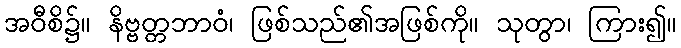
အဝီစိ၌။ နိဗ္ဗတ္တဘာဝံ၊ ဖြစ်သည်၏အဖြစ်ကို။ သုတွာ၊ ကြား၍။